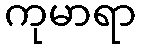
ကုမာရာ